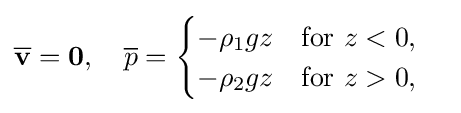
{\overline {\mathbf {v} }}=\mathbf {0} ,\quad {\overline {p}}={\begin{cases}-\rho _{1}gz\quad {\text{for  }}z<0,\\-\rho _{2}gz\quad {\text{for  }}z>0,\end{cases}}